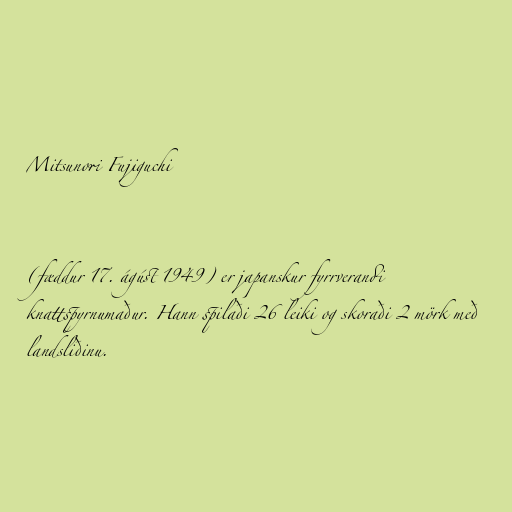
Mitsunori Fujiguchi

(fæddur 17. ágúst 1949) er japanskur fyrrverandi
knattspyrnumaður. Hann spilaði 26 leiki og skoraði 2 mörk með
landsliðinu.